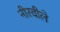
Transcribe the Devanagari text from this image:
नीरवीले